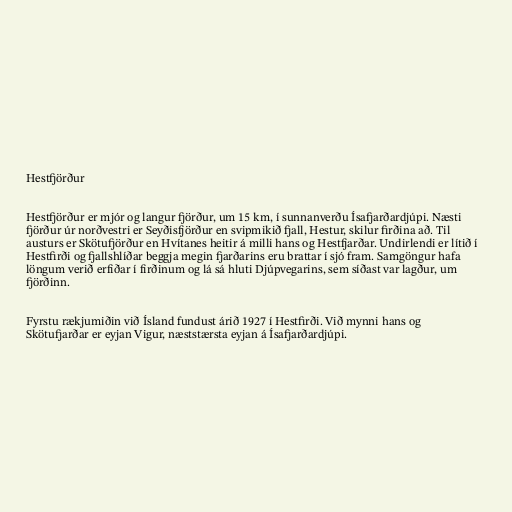
Hestfjörður

Hestfjörður er mjór og langur fjörður, um 15 km, í sunnanverðu Ísafjarðardjúpi. Næsti
fjörður úr norðvestri er Seyðisfjörður en svipmikið fjall, Hestur, skilur firðina að. Til
austurs er Skötufjörður en Hvítanes heitir á milli hans og Hestfjarðar. Undirlendi er lítið í
Hestfirði og fjallshlíðar beggja megin fjarðarins eru brattar í sjó fram. Samgöngur hafa
löngum verið erfiðar í firðinum og lá sá hluti Djúpvegarins, sem síðast var lagður, um
fjörðinn.

Fyrstu rækjumiðin við Ísland fundust árið 1927 í Hestfirði. Við mynni hans og
Skötufjarðar er eyjan Vigur, næststærsta eyjan á Ísafjarðardjúpi.